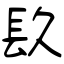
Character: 镹